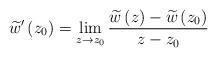
LaTeX: \begin{align*} \widetilde{w}'\left( {{z}_{0}} \right)=\underset{z\to {{z}_{0}}}{\mathop{\lim }}\,\frac{\widetilde{w}\left( z \right)-\widetilde{w}\left( {{z}_{0}} \right)}{z-{{z}_{0}}}\end{align*}